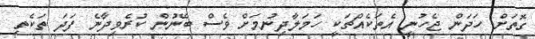
ގޮތަށް ހަދަން ޖެހުނީ އެތަކެއްޗަކީ ހަމަލާދިނުމަށް ވެސް ބޭނުން ކުރެވިދާނެ ފަދަ ތަކެތި